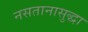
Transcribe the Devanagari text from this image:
नसतानासुद्धा